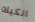
الكيك